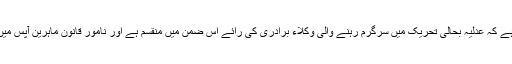
تاہم یہ بات قابل ذکر ہے کہ عدلیہ بحالی تحریک میں سرگرم رہنے والی وکلاء برادری کی رائے اس ضمن میں منقسم ہے اور نامور قانون ماہرین آپس میں اختلاف رکھتے ہیں۔